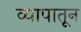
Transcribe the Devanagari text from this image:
व्यापातून